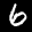
Label: 6